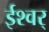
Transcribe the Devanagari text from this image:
ईश्वर्